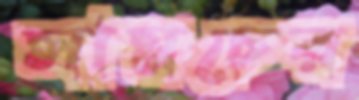
সামচের